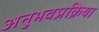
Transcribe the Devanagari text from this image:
अनुभवप्रक्रिया